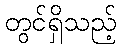
တွင်ရှိသည့်